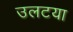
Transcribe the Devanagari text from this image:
उलटया